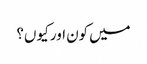
میں کون اور کیو ں؟